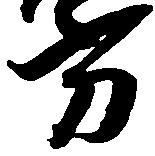
方